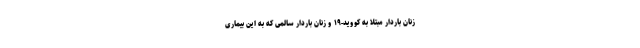
زنان باردار مبتلا به کووید-۱۹ و زنان باردار سالمی که به این بیماری